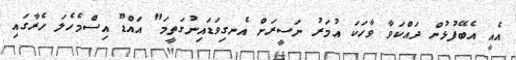
އެއީ އެބޭފުޅުން ދައްކަވާ ވާހަކަ އުމަރު ނަސީރަށް އެނގިވަޑައިނުގަތީމަ" އައްޑޫ އިސްމެހެލަ ހެރާގައި